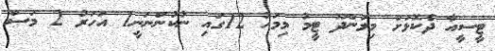
ޓީސީއާ ދެކޮޅަށް މިލަންދޫ ޓީމު މިމަހު 12ގައި ނުކުންނަނީ1 އަހަރު 2 މަސް